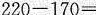
$$2 2 0 - 1 7 0 =$$